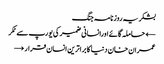
بشکریہ روزنامہ جنگ
← حاملہ گائےاورانسانی ضمیر کی یورپ سے ٹکر
عمران خان دنیا کا براترین انسان قرار →